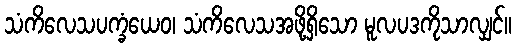
သံကိလေသပက္ခံယေဝ၊ သံကိလေသအဖို့ရှိသော မူလပဒကိုသာလျှင်။